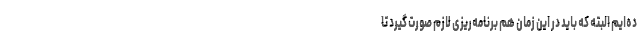
ده‌ایم البته که باید در این زمان هم برنامه‌ریزی لازم صورت گیرد تا